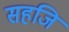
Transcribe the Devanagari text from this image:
सहजि